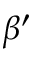
\beta ^ { \prime }